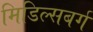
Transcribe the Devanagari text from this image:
मिडिल्सबर्ग